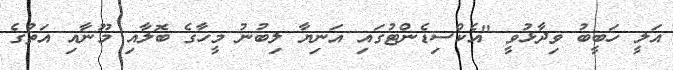
އަލީ ހަބީބު ވިދާޅުވީ "އެކްސިޑެންޓުގައި އަނިޔާ ލިބުނު މީހާގެ ބޮލާއި މޫނާއި އަތުގެ